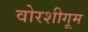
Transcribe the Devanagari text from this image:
वोरशीगूम